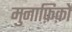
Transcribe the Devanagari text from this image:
मुनाफ़िक़ो